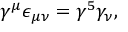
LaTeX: \gamma ^ { \mu } \epsilon _ { \mu \nu } = \gamma ^ { 5 } \gamma _ { \nu } ,